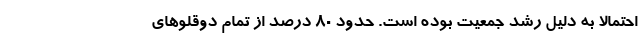
احتمالا به دلیل رشد جمعیت بوده است. حدود 80 درصد از تمام دوقلوهای